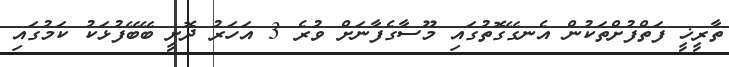
ތާރީޚީ ފަތްފުށްތަކުން އެނގޭގޮތުގައި މޫސާގެފާނަށް ވުރެ 3 އަހަރު ދޮށީ ބޭބޭފުޅަކު ކަމުގައި